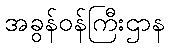
အခွန်ဝန်ကြီးဌာန